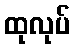
ထုလုပ်